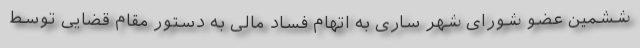
ششمین عضو شورای شهر ساری به اتهام فساد مالی به دستور مقام قضایی توسط